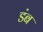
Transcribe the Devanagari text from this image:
डंब